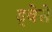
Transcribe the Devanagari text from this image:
ड्वेसे